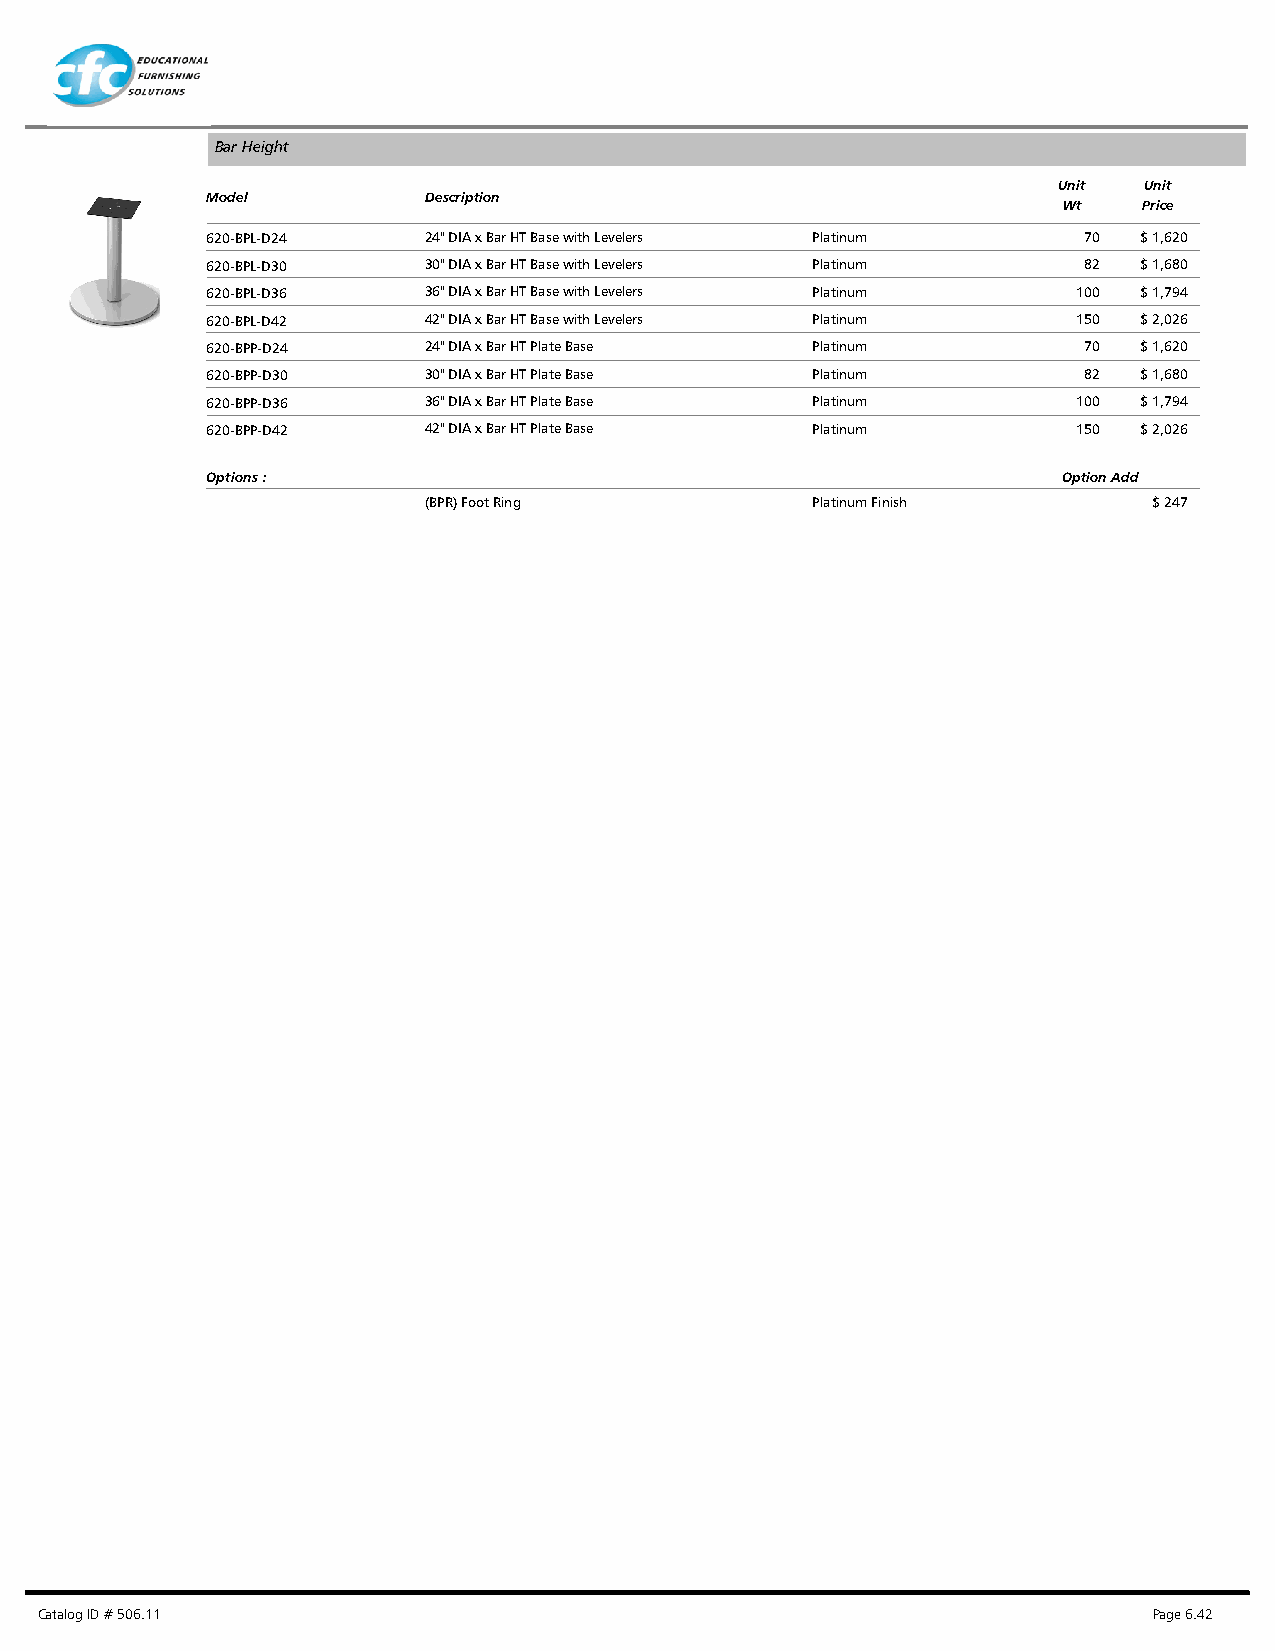
Bar Height
 Unit  Unit
 Model         Description
 Wt    Price
 620-BPL-D24   24" DIA x Bar HT Base with Levelers Platinum 70 $ 1,620
 620-BPL-D30   30" DIA x Bar HT Base with Levelers Platinum 82 $ 1,680
 620-BPL-D36   36" DIA x Bar HT Base with Levelers Platinum 100 $ 1,794
 620-BPL-D42   42" DIA x Bar HT Base with Levelers Platinum 150 $ 2,026
 620-BPP-D24   24" DIA x Bar HT Plate Base Platinum        70 $ 1,620
 620-BPP-D30   30" DIA x Bar HT Plate Base Platinum        82 $ 1,680
 620-BPP-D36   36" DIA x Bar HT Plate Base Platinum       100 $ 1,794
 620-BPP-D42   42" DIA x Bar HT Plate Base Platinum       150 $ 2,026
 Options :                                               Option Add
 (BPR) Foot Ring           Platinum Finish       $ 247
 Catalog ID # 506.11                                                       Page 6.42